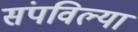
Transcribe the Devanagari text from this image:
संपविल्या